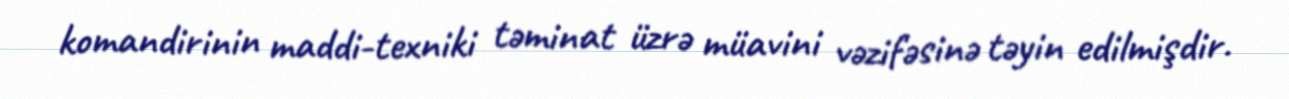
komandirinin maddi-texniki təminat üzrə müavini vəzifəsinə təyin edilmişdir.